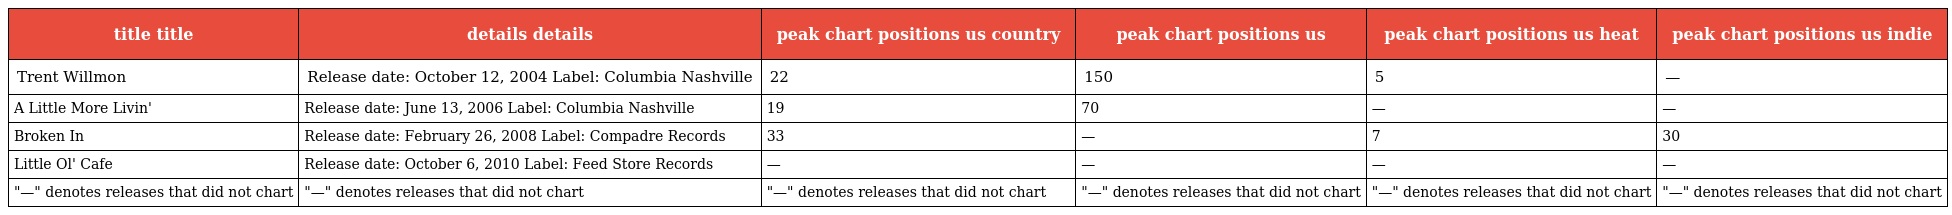
| title title | details details | peak chart positions us country | peak chart positions us | peak chart positions us heat | peak chart positions us indie |
 | --- | --- | --- | --- | --- | --- |
 | Trent Willmon | Release date: October 12, 2004 Label: Columbia Nashville | 22 | 150 | 5 | — |
 | A Little More Livin' | Release date: June 13, 2006 Label: Columbia Nashville | 19 | 70 | — | — |
 | Broken In | Release date: February 26, 2008 Label: Compadre Records | 33 | — | 7 | 30 |
 | Little Ol' Cafe | Release date: October 6, 2010 Label: Feed Store Records | — | — | — | — |
 | "—" denotes releases that did not chart | "—" denotes releases that did not chart | "—" denotes releases that did not chart | "—" denotes releases that did not chart | "—" denotes releases that did not chart | "—" denotes releases that did not chart |